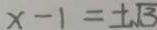
x - 1 = \pm \sqrt { 3 }